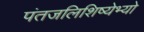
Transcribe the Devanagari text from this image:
पंतजलिशिष्येभ्यो